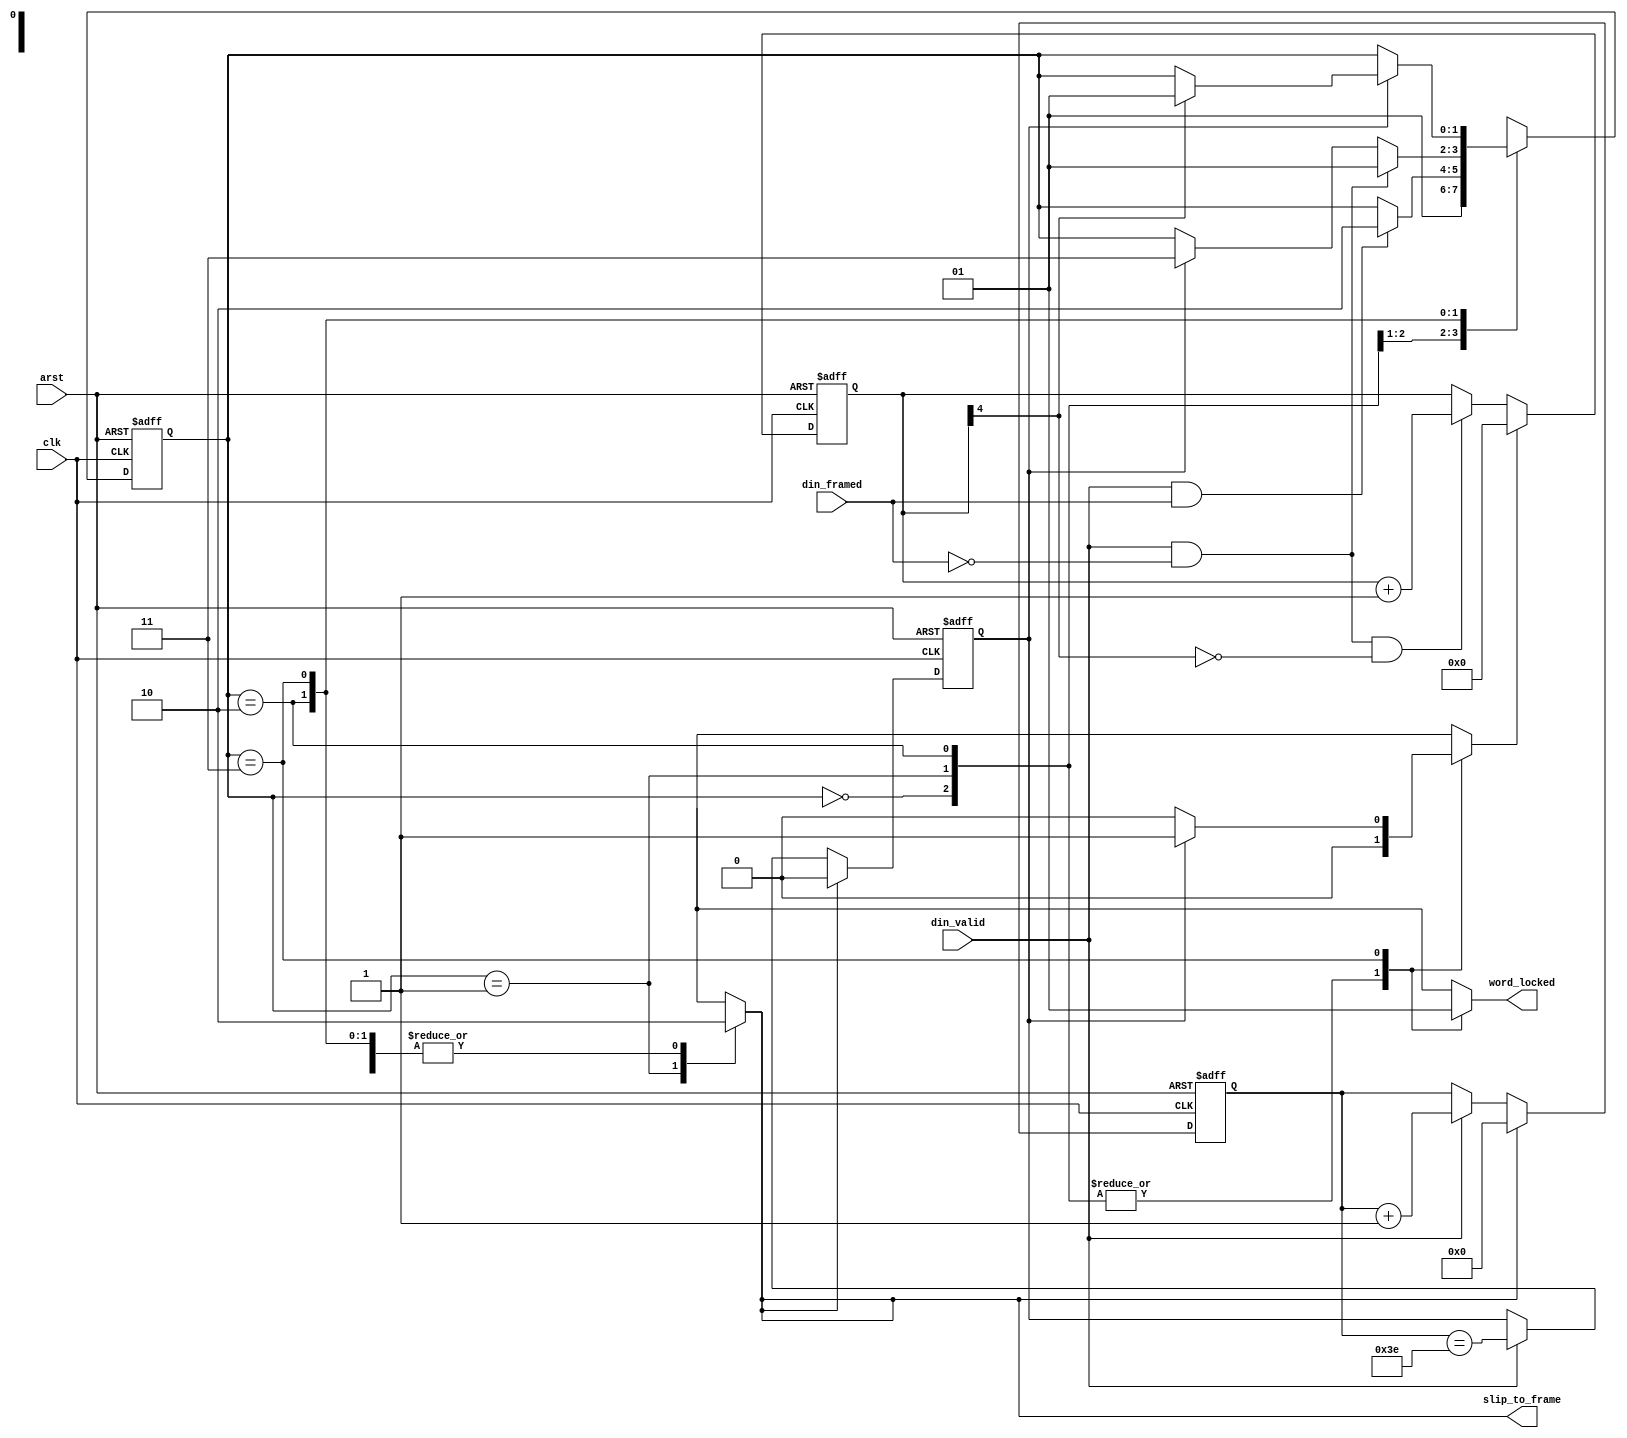
module word_align_control (
	input clk, arst,
	input din_framed,
	input din_valid,
	output reg slip_to_frame,
	output reg word_locked	
);

////////////////////////////////
// count mis-framed din words
//  stop counting at 16
/////////////////////////////////
reg rst_sync_err_cntr;
reg [4:0] sync_err_cntr;
always @(posedge clk or posedge arst) begin
	if (arst) sync_err_cntr <= 0;
	else begin
		if (rst_sync_err_cntr) sync_err_cntr <= 0;
		else if (din_valid & !din_framed & !sync_err_cntr[4]) 
			sync_err_cntr <= sync_err_cntr + 1'b1;
	end
end

/////////////////////////////////
// count words, modulus 64
/////////////////////////////////
reg rst_word_cntr;
reg [5:0] word_cntr;
reg word_cntr_max;
always @(posedge clk or posedge arst) begin
	if (arst) begin
		word_cntr <= 0;
		word_cntr_max <= 1'b0;
	end
	else begin
		if (rst_word_cntr) begin
			word_cntr <= 0;
			word_cntr_max <= 1'b0;
		end
		else if (din_valid) begin
			word_cntr <= word_cntr + 1'b1;
			word_cntr_max <= (word_cntr == 6'b111110);
		end
	end	
end

/////////////////////////////////
// Little control machine
//   implementing figure 5-10 from Interlaken 1.1 spec
/////////////////////////////////
localparam ST_RESET = 2'h0,
		ST_SLIP = 2'h1,
		ST_VERIFY = 2'h2,
		ST_LOCKED = 2'h3;
		
reg [1:0] state, next_state;

always @(*) begin
	next_state = state;
	slip_to_frame = 1'b0;
	rst_word_cntr = 1'b0;
	rst_sync_err_cntr = 1'b0;
	word_locked = 1'b0;
	
	case (state)
		ST_RESET: begin
			next_state = ST_SLIP;
		end
		ST_SLIP: begin
			slip_to_frame = 1'b1;
			rst_word_cntr = 1'b1;
			if (din_valid & din_framed) next_state = ST_VERIFY;
		end
		ST_VERIFY: begin
			// On any error return to slipping
			// On 64 successful tests goto locked
			if (din_valid & !din_framed) next_state = ST_SLIP;
			else if (word_cntr_max) next_state = ST_LOCKED;			
		end
		ST_LOCKED: begin
			// Look for 16 or more bad syncs in a
			// 64 word window to indicate loss of lock
			word_locked = 1'b1;
			if (word_cntr_max) begin
				rst_sync_err_cntr = 1'b1;
				if (sync_err_cntr[4]) begin
					// lost it.
					next_state = ST_SLIP;
				end				
			end
		end
	endcase
end

always @(posedge clk or posedge arst) begin
	if (arst) state <= ST_RESET;
	else state <= next_state;
end

endmodule